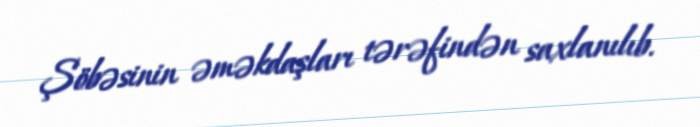
Şöbəsinin əməkdaşları tərəfindən saxlanılıb.